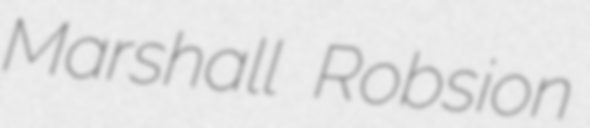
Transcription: Marshall Robsion